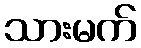
သားမက်